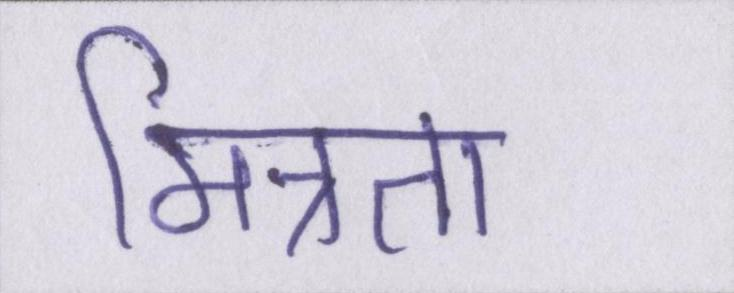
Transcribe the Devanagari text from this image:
मित्रता